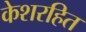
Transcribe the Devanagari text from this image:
केशरहित